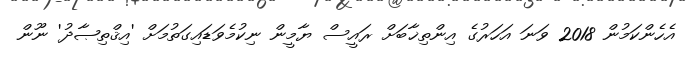
އެހެންކަމުން 2018 ވަނަ އަހަރުގެ އިންތިޚާބަށް ރައީސް ޔާމީން ނިކުމެވަޑައިގަތުމަށް 'އިޤްތިޞާދު' ނޫން